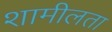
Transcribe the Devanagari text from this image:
शामीलता